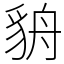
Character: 貈